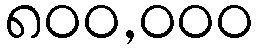
၈၀၀,၀၀၀